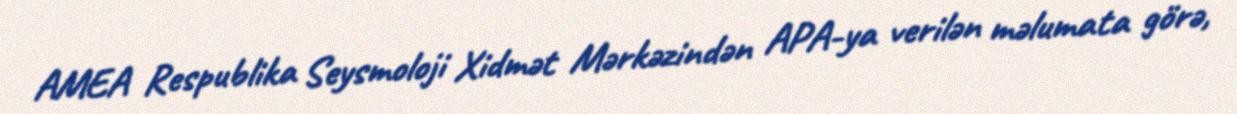
AMEA Respublika Seysmoloji Xidmət Mərkəzindən APA-ya verilən məlumata görə,